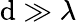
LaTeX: \mathrm{d}\gg\lambda